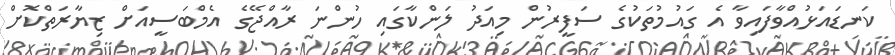
ކަނޑައަޅުއްވާފައިވާ އެ ގައުމުތަކުގެ ސަފީރުން މިއަދު ލަންކާގައި ހުންނަ ރާއްޖޭގެ އެމްބަސީއަށް ޒިޔާރަތްކޮށް